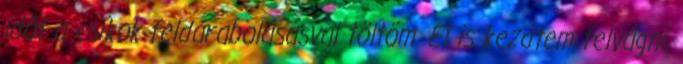
időt a csíkok feldarabolásásval töltöm. El is kezdtem felvágni,